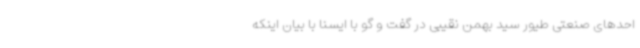
احدهای صنعتی طیور سید بهمن نقیبی در گفت و گو با ایسنا با بیان اینکه